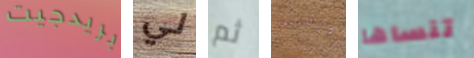
بريدجيت لي ثم روزفيلت تنساها